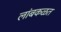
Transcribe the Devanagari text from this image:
लांबकळत